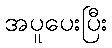
အပူပေးပြီး